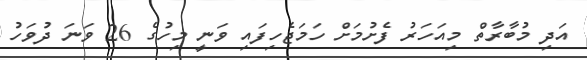
އަދި މުބާރާތް މިއަހަރު ފެށުމަށް ހަމަޖެހިފައި ވަނީ މިހުގެ 26 ވަނަ ދުވަހު